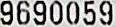
9690059